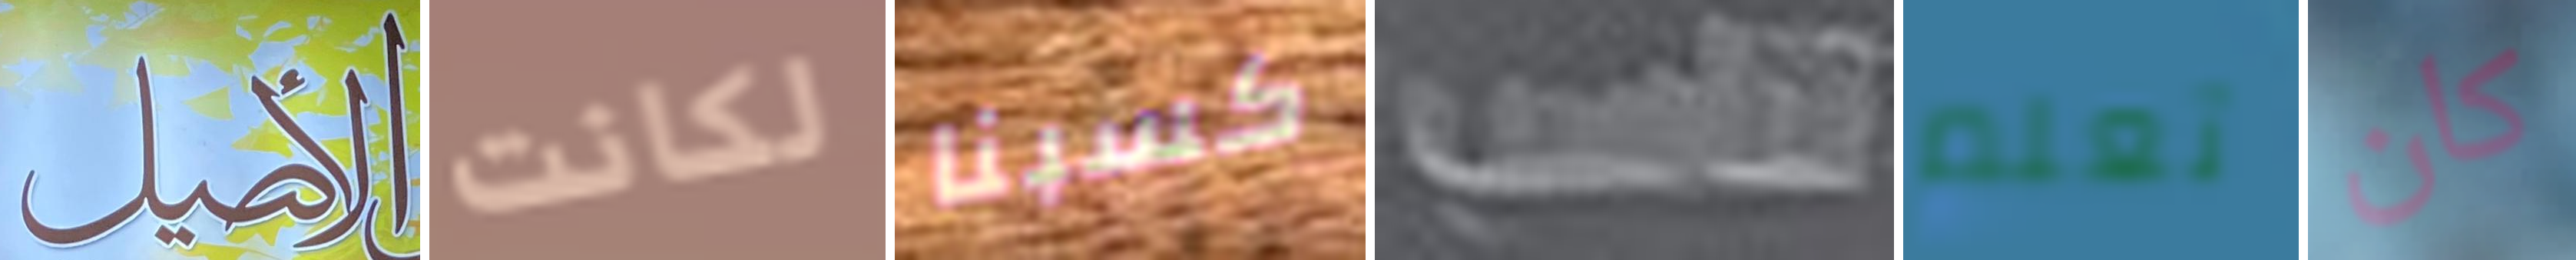
الأصيل لكانت كسبنا تناسب تعلم كان